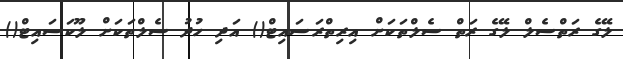
ލޭގެ ރަތްސެލް ލޭގެ ރަތް ސެލްތަކަށް އިރިތްރަސައިޓް() އަދި ހުދު ސެލްތަކަށް ލޫކަސައިޓް()